Lock hospitals Punjab
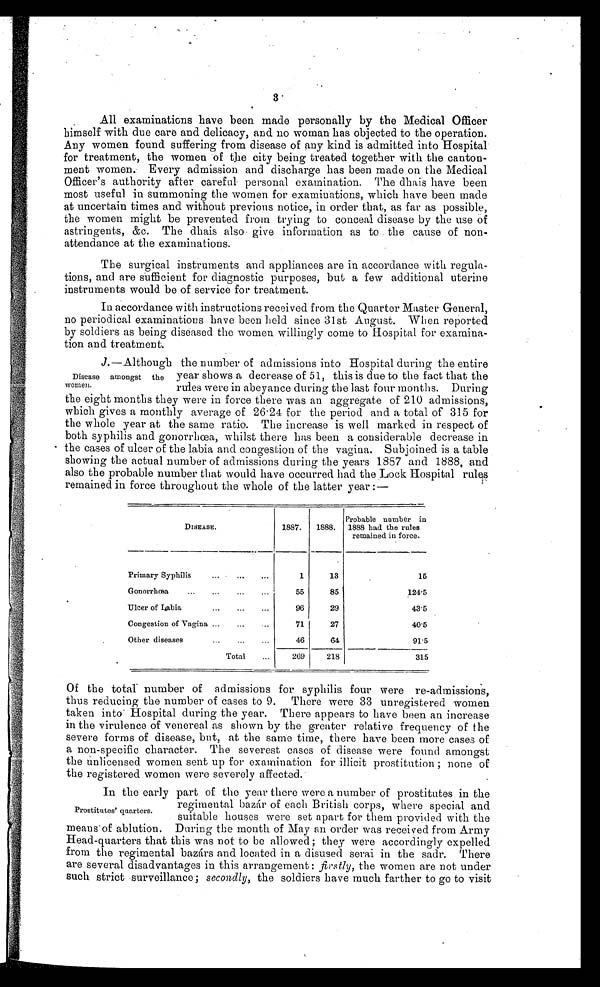
3.
All examinations have been made personally by the Medical Officer
himself with due care and delicacy, and no woman has objected to the operation.
Any women found suffering from disease of any kind is admitted into Hospital
for treatment, the women of the city being treated together with the canton-
ment women. Every admission and discharge has been made on the Medical
Officer ' s authority after careful personal examination. The dhais have been
most useful in summoning the women for examinations, which have been made
at uncertain times and without previous notice, in order that, as far as possible,
the women might be prevented from trying to conceal disease by the use of
astringents, &c. The dhais also give information as to the cause of non-
attendance at the examinations.
The surgical instruments and appliances are in accordance with regula-
tions, and are sufficient for diagnostic purposes, but a few additional uterine
instruments would be of service for treatment.
In accordance with instructions received from the Quarter Master General,
no periodical examinations have been held since 31st August. When reported
by soldiers as being diseased the women willingly come to Hospital for examina-
tion and treatment.
J.—Although the number of admissions into Hospital during the entire
year shows a decrease of 51, this is due to the fact that the
rules were in abeyance during the last four months. During
the eight months they were in force there was an aggregate of 210 admissions,
which gives a monthly average of 26.24 for the period and a total of 315 for
the whole year at the same ratio. The increase is well marked in respect of
both syphilis and gonorrlioea, whilst there has been a considerable decrease in
the cases of ulcer of the labia and congestion of the vagina. Subjoined is a table
showing the actual number of admissions during the years 1887 and 1888, and
also the probable number that would have occurred had the Lock Hospital rules
remained in force throughout the whole of the latter year :—
DISEASE.
1887.
1888.
Probable number in
1888 had the rules
remained in force.
Primary Syphilis
... ... ...
1
13
15
Gonorrhoea
...
...
...
...
55
85
124.5
Ulcer of Labia
...
...
...
96
29
43.5
Congestion of Vagina ...
...
71
27
40.5
Other diseases
...
...
...
46
64
91.5
Total
...
269
218
31.5
Of the total number of admissions for syphilis four were re-admissions,
thus reducing the number of cases to 9. There were 33 unregistered women
taken into Hospital during the year. There appears to have been an increase
in the virulence of venereal as shown by the greater relative frequency of the
severe forms of disease, but, at the same time, there have been more cases of
a non-specific character. The severest cases of disease were found amongst
the unlicensed women sent up for examination for illicit prostitution ; none of
the registered women were severely affected.
•
In the early part of the year there were a number of prostitutes in the
regimental bazár of each British corps, where special and
suitable houses were set apart for them provided with the
means of ablution. During the month of May an order was received from Army
Head-quarters that this was not to be allowed ; they were accordingly expelled
from the regimental bazárs and located in a disused serai in the sadr. There
are several disadvantages in this arrangement : firstly, the women are not under
such strict surveillance; secondly, the soldiers have much farther to go to visit
Disease amongst the
women.
Prostitutes' quarters.